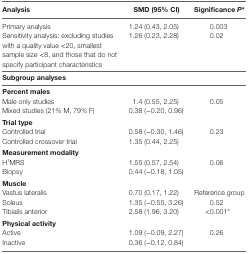
| Analysis | SMD (95% CI) | Significance P* |
 | --- | --- | --- |
 | Primary analysis | 1.24 (0.43, 2.05) | 0.003 |
 | Sensitivity analysis: excluding studies with a quality value <20, smallest sample size <8, and those that do not specify participant characteristics | 1.26 (0.23, 2.28) | 0.02 |
 | <COLSPAN=3> Subgroup analyses |
 | <COLSPAN=3> Percent males |
 | Male only studies | 1.4 (0.55, 2.25) | <ROWSPAN=2> 0.05 |
 | Mixed studies (21% M, 79% F) | 0.38 (−0.20, 0.96) |
 | <COLSPAN=3> Trial type |
 | Controlled trial | 0.58 (−0.30, 1.46) | <ROWSPAN=2> 0.23 |
 | Controlled crossover trial | 1.35 (0.44, 2.25) |
 | <COLSPAN=3> Measurement modality |
 | H1MRS | 1.55 (0.57, 2.54) | <ROWSPAN=2> 0.06 |
 | Biopsy | 0.44 (−0.18, 1.05) |
 | <COLSPAN=3> Muscle |
 | Vastus lateralis | 0.70 (0.17, 1.22) | Reference group |
 | Soleus | 1.35 (−0.55, 3.26) | 0.52 |
 | Tibialis anterior | 2.58 (1.96, 3.20) | <0.001* |
 | <COLSPAN=3> Physical activity |
 | Active | 1.09 (−0.09, 2.27) | <ROWSPAN=2> 0.26 |
 | Inactive | 0.36 (−0.12, 0.84) |